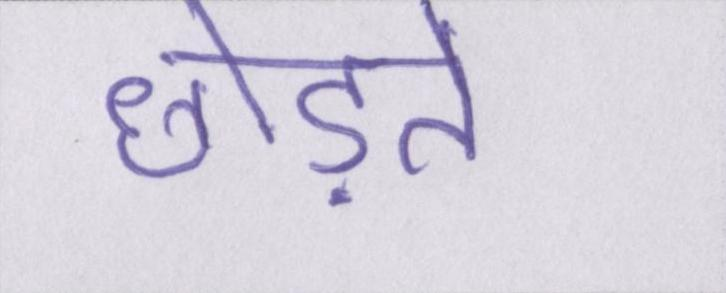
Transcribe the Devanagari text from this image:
छोड़ते